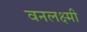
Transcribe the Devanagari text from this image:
वनलक्ष्मी